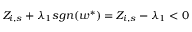
Z _ { i , s } + \lambda _ { 1 } s g n ( w ^ { \ast } ) = Z _ { i , s } - \lambda _ { 1 } < 0